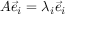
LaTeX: A { \vec { e } } _ { i } = \lambda _ { i } { \vec { e } } _ { i }